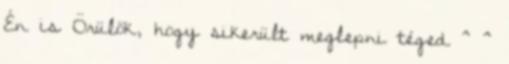
Én is Örülök, hogy sikerült meglepni téged ^ ^